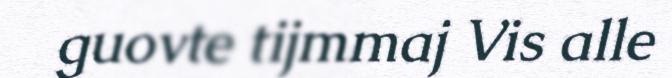
guovte tijmmaj Vis alle